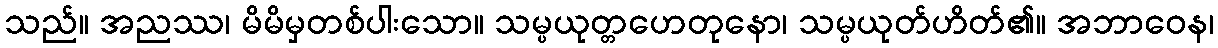
သည်။ အညဿ၊ မိမိမှတစ်ပါးသော။ သမ္ပယုတ္တဟေတုနော၊ သမ္ပယုတ်ဟိတ်၏။ အဘာဝေန၊